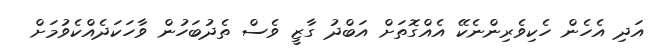
އަދި އެހެން ހެކިވެރިންނެކޭ އެއްގޮތަށް އަބްދު ގާޒީ ވެސް ތެދުބަހުން ވާހަކަދެއްކެވުމަށް